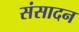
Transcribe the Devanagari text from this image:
संसादन